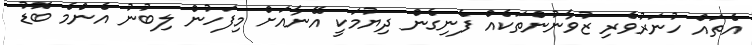
އެތައް ހުނަރުވެރި ޒުވާނުންތަކެއް ފެނިގެން ދިޔުމަކީ އޭނާއަށް މިފަހުން ލިބުނު އެންމެ ބޮޑު